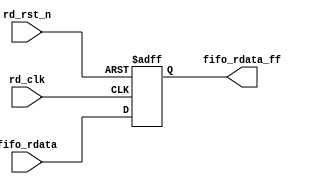
// This program was cloned from: https://github.com/chipsalliance/aib-phy-hardware
// License: Apache License 2.0

// SPDX-License-Identifier: Apache-2.0
// Copyright (C) 2022 HCL Technologies Ltd.
// Copyright (C) 2022 Blue Cheetah Analog Design, Inc.

module aib_fifo_rdata_buf #(
parameter DWIDTH  = 80  // FIFO Input data width
)
(
// Output
output reg [DWIDTH-1:0] fifo_rdata_ff, 
// Input
input [DWIDTH-1:0] fifo_rdata,
input            rd_clk,
input            rd_rst_n
);


always @(posedge rd_clk or negedge rd_rst_n)
  begin
    if(!rd_rst_n)
      fifo_rdata_ff <= {DWIDTH{1'b0}};
    else
      fifo_rdata_ff <= fifo_rdata;
  end

endmodule // aib_fifo_rdata_buf